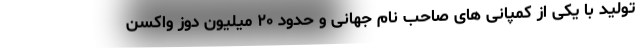
تولید با یکی از کمپانی های صاحب نام جهانی و حدود ۲۰ میلیون دوز واکسن